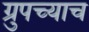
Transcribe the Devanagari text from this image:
ग्रुपच्याच